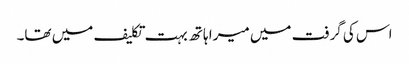
اس کی گرفت میں میرا ہاتھ بہت تکلیف میں تھا۔